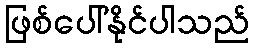
ဖြစ်ပေါ်နိုင်ပါသည်